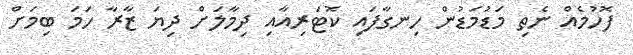
ފޮހުމެއް ނެތި މަޑުމަޑުން ހިނގާފައި ކޮޓަރިއާއި ދިމާލަށް ދިޔަ ޒާރާ ހަމަ ބިމަށް